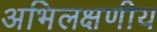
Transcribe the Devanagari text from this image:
अभिलक्षणीय